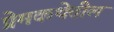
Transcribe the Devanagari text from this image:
प्रेमकथेतील